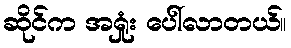
ဆိုင်က အရှုံး ပေါ်လာတယ်။